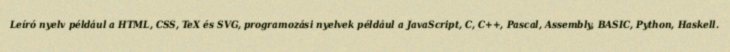
Leíró nyelv például a HTML, CSS, TeX és SVG, programozási nyelvek például a JavaScript, C, C++, Pascal, Assembly, BASIC, Python, Haskell.